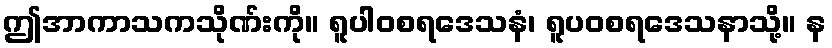
ဤအာကာသကသိုဏ်းကို။ ရူပါဝစရဒေသနံ၊ ရူပဝစရဒေသနာသို့။ န